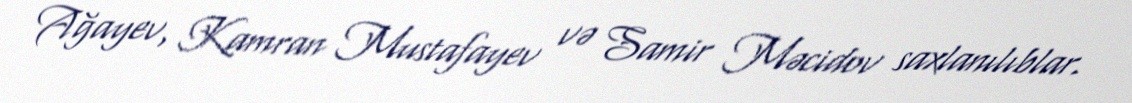
Ağayev, Kamran Mustafayev və Samir Məcidov saxlanılıblar.